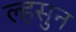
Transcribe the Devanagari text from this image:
ल्हसुन